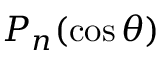
P _ { n } ( \cos \theta )